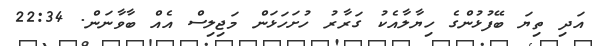
އަދި ތިޔަ ބޭފުޅުންގެ ހިޔާލާއެކު ގަރާރު ހުށަހަޅަން މަޖިލިސް އެއް ބާވާނަން. 22:34